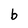
Character: b